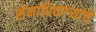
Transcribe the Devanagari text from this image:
सेनाधिकाऱ्यांचे